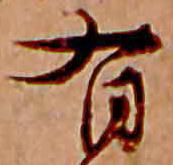
有